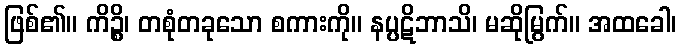
ဖြစ်၏။ ကိဉ္စိ၊ တစုံတခုသော စကားကို။ နပ္ပဋိဘာသိ၊ မဆိုမြွက်။ အထခေါ၊